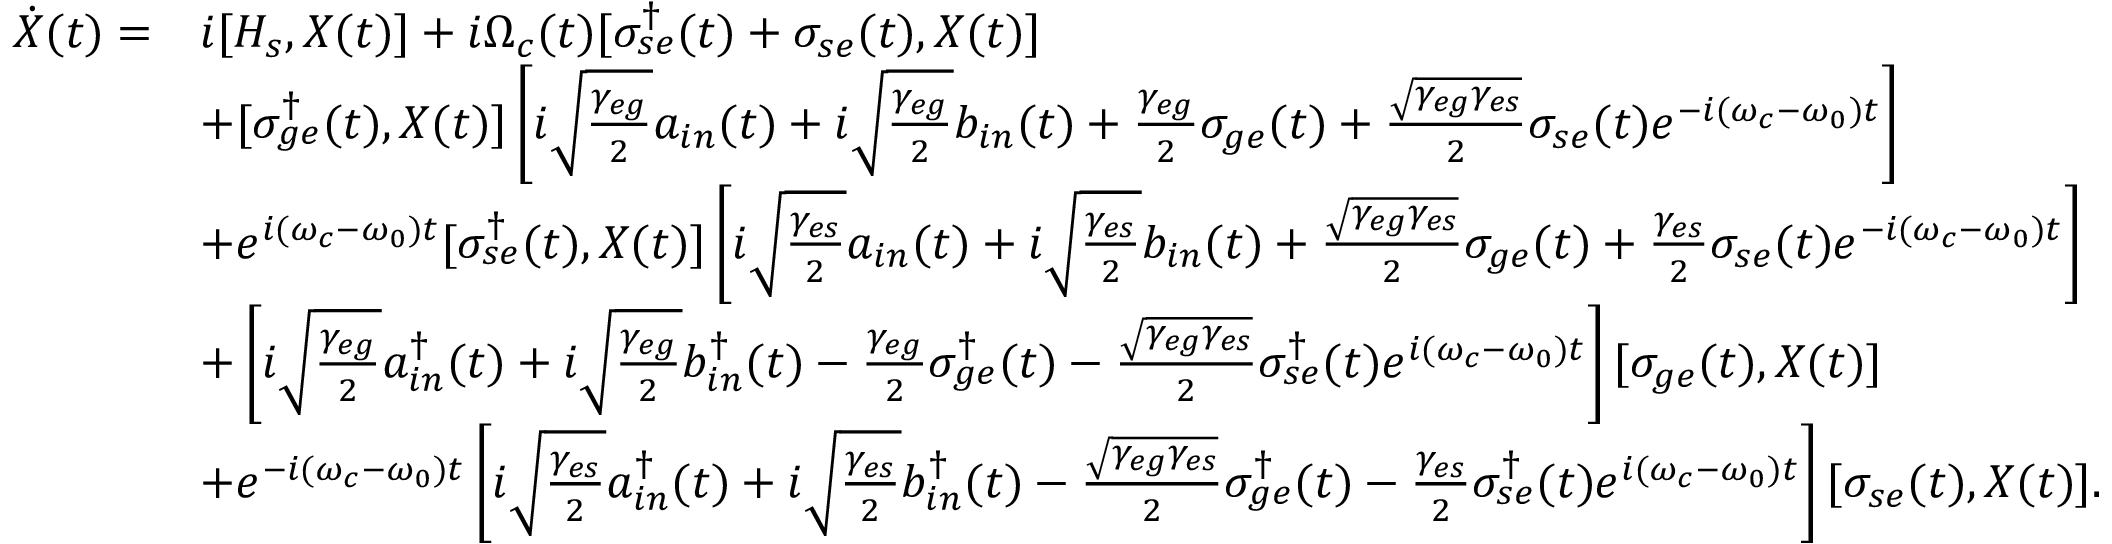
\begin{array} { r l } { \dot { X } ( t ) = } & { i [ H _ { s } , X ( t ) ] + i \Omega _ { c } ( t ) [ \sigma _ { s e } ^ { \dagger } ( t ) + \sigma _ { s e } ( t ) , X ( t ) ] } \\ & { + [ \sigma _ { g e } ^ { \dagger } ( t ) , X ( t ) ] \left[ i \sqrt { \frac { \gamma _ { e g } } { 2 } } a _ { i n } ( t ) + i \sqrt { \frac { \gamma _ { e g } } { 2 } } b _ { i n } ( t ) + \frac { \gamma _ { e g } } { 2 } \sigma _ { g e } ( t ) + \frac { \sqrt { \gamma _ { e g } \gamma _ { e s } } } { 2 } \sigma _ { s e } ( t ) e ^ { - i ( \omega _ { c } - \omega _ { 0 } ) t } \right] } \\ & { + e ^ { i ( \omega _ { c } - \omega _ { 0 } ) t } [ \sigma _ { s e } ^ { \dagger } ( t ) , X ( t ) ] \left[ i \sqrt { \frac { \gamma _ { e s } } { 2 } } a _ { i n } ( t ) + i \sqrt { \frac { \gamma _ { e s } } { 2 } } b _ { i n } ( t ) + \frac { \sqrt { \gamma _ { e g } \gamma _ { e s } } } { 2 } \sigma _ { g e } ( t ) + \frac { \gamma _ { e s } } { 2 } \sigma _ { s e } ( t ) e ^ { - i ( \omega _ { c } - \omega _ { 0 } ) t } \right] } \\ & { + \left[ i \sqrt { \frac { \gamma _ { e g } } { 2 } } a _ { i n } ^ { \dagger } ( t ) + i \sqrt { \frac { \gamma _ { e g } } { 2 } } b _ { i n } ^ { \dagger } ( t ) - \frac { \gamma _ { e g } } { 2 } \sigma _ { g e } ^ { \dagger } ( t ) - \frac { \sqrt { \gamma _ { e g } \gamma _ { e s } } } { 2 } \sigma _ { s e } ^ { \dagger } ( t ) e ^ { i ( \omega _ { c } - \omega _ { 0 } ) t } \right] [ \sigma _ { g e } ( t ) , X ( t ) ] } \\ & { + e ^ { - i ( \omega _ { c } - \omega _ { 0 } ) t } \left[ i \sqrt { \frac { \gamma _ { e s } } { 2 } } a _ { i n } ^ { \dagger } ( t ) + i \sqrt { \frac { \gamma _ { e s } } { 2 } } b _ { i n } ^ { \dagger } ( t ) - \frac { \sqrt { \gamma _ { e g } \gamma _ { e s } } } { 2 } \sigma _ { g e } ^ { \dagger } ( t ) - \frac { \gamma _ { e s } } { 2 } \sigma _ { s e } ^ { \dagger } ( t ) e ^ { i ( \omega _ { c } - \omega _ { 0 } ) t } \right] [ \sigma _ { s e } ( t ) , X ( t ) ] . } \end{array}